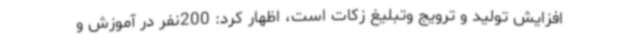
افزایش تولید و ترویج وتبلیغ زکات است، اظهار کرد: 200نفر در آموزش و